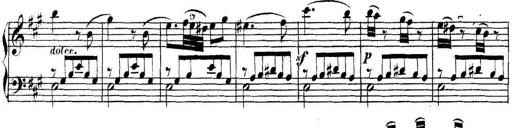
Title: Collected Piano Sonatas
Composer: Muzio Clementi